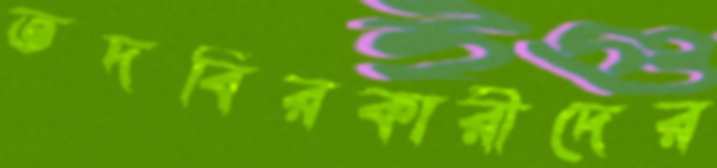
তদবিরকারীদের